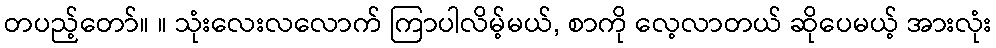
တပည့်တော်။ ။ သုံးလေးလလောက် ကြာပါလိမ့်မယ်, စာကို လေ့လာတယ် ဆိုပေမယ့် အားလုံး